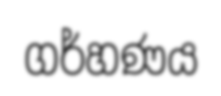
ගර්හණය